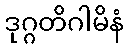
ဒုဂ္ဂတိဂါမိနံ